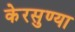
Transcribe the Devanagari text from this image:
केरसुण्या